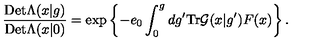
\frac { \mathrm { D e t } \Lambda ( x | g ) } { \mathrm { D e t } \Lambda ( x | 0 ) } = \exp \left\{ - e _ { 0 } \int _ { 0 } ^ { g } d g ^ { \prime } \mathrm { T r } { \cal G } ( x | g ^ { \prime } ) F ( x ) \right\} .